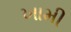
ખામી